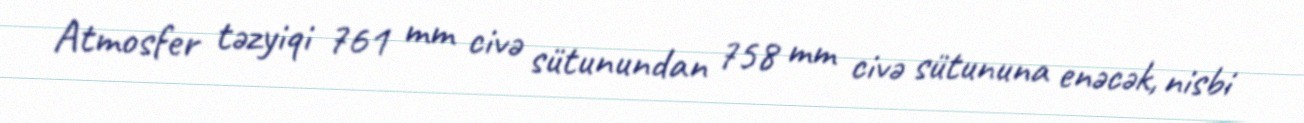
Atmosfer təzyiqi 761 mm civə sütunundan 758 mm civə sütununa enəcək, nisbi